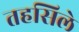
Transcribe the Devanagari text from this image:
तहसिले